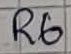
Text: R6